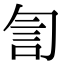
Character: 訇